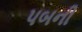
પબની